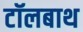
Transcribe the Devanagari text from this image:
टॉलबाथ